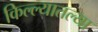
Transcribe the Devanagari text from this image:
किल्ल्यातल्या